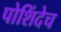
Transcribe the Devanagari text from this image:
पोशिंदेच